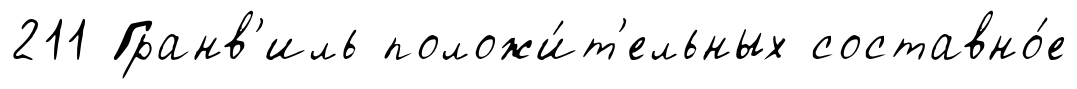
211 Гранв'иль положи́т'ельных составно́е